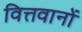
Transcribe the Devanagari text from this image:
वित्तवानों